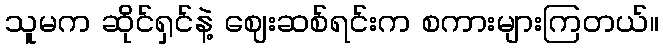
သူမက ဆိုင်ရှင်နဲ့ ဈေးဆစ်ရင်းက စကားများကြတယ်။